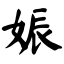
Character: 娠